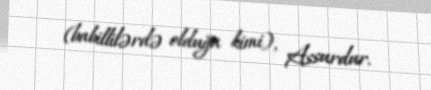
(babillilərdə olduğu kimi), Assurdur.